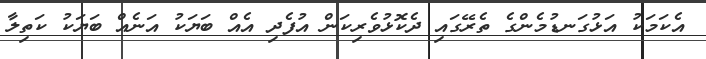
އެކަމަކު އަޅުގަނޑުމެންގެ ތެރޭގައި ދެކޮޅުވެރިކަން އުފެދި އެއް ބަޔަކު އަނެއް ބަޔަކު ކަތިލާ